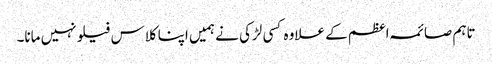
تاہم صائمہ اعظم کے علاوہ کسی لڑکی نے ہمیں اپنا کلاس فیلو نہیں مانا۔